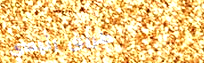
طريق رئيسي